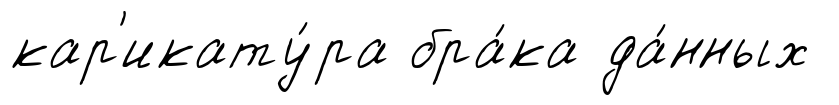
кар'икату́ра бра́ка да́нных